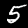
Digit: 5